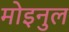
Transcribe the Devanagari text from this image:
मोइनुल